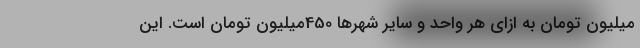
میلیون تومان به ازای هر واحد و سایر شهر‌ها 450میلیون تومان است. این